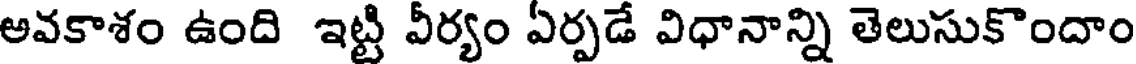
అవకాశం ఉంది ఇట్టి వీర్యం ఏర్పడే విధానాన్ని తెలుసుకొందాం